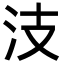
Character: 汥